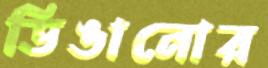
ডিঙানোর